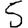
Digit: 5